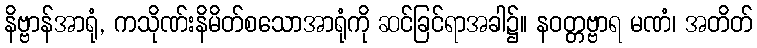
နိဗ္ဗာန်အာရုံ, ကသိုဏ်းနိမိတ်စသောအာရုံကို ဆင်ခြင်ရာအခါ၌။ နဝတ္တဗ္ဗာရ မဏံ၊ အတိတ်